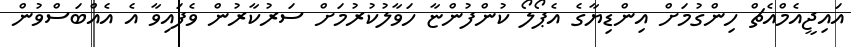
އައިޖީއެމްއެޗް ހިންގުމަށް އިންޑިޔާގެ އެޕޯލޯ ކުންފުންޏާ ހަވާލުކުރުމަށް ސަރުކާރުން ވެފައިވާ އެ އެއްބަސްވުން